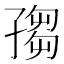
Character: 𡦅